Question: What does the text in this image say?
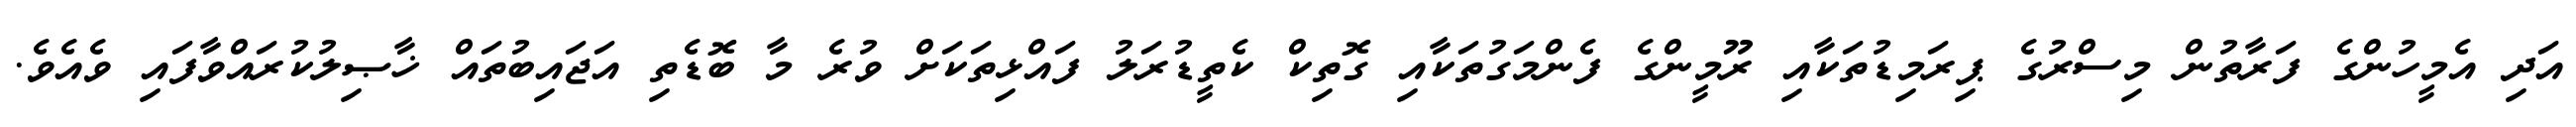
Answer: އަދި އެމީހުންގެ ފަރާތުން މިސްރުގެ ޕިރަމިޑުތަކާއި ރޫމީންގެ ފެންމަގުތަކާއި ގޮތިކް ކެތީޑުރަލު ފައްޅިތަކަށް ވުރެ މާ ބޮޑެތި އަޖައިބުތައް ޚާޞިލުކުރައްވާފައި ވެއެވެ.